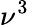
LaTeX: \nu^{3}